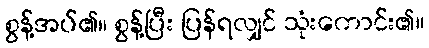
စွန့်အပ်၏။ စွန့်ပြီး ပြန်ရလျှင် သုံးကောင်း၏။